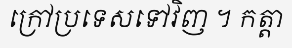
ក្រៅប្រទេសទៅវិញ ។ កត្តា